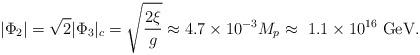
LaTeX: \begin{align*}|\Phi_2| = \sqrt 2|\Phi_3|_c = \sqrt {2\xi\over g} \approx 4.7 \times10^{-3} M_p \approx \ 1.1\times 10^{16}~ {\rm GeV}.\end{align*}